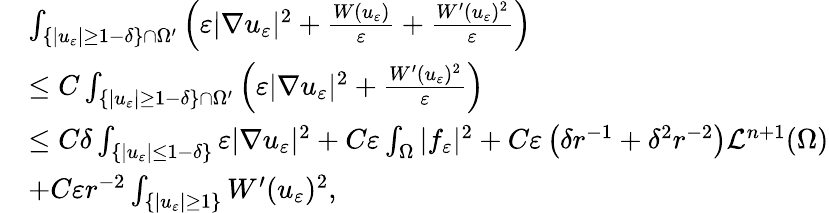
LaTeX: \begin{array}{rl}&{\int_{\{ |u_{\varepsilon}|\geq 1-\delta\} \cap\Omega^{\prime}}\left(\varepsilon|\nabla u_{\varepsilon}|^{2}+\frac{W(u_{\varepsilon})}{\varepsilon}+\frac{W^{\prime}(u_{\varepsilon})^{2}}{\varepsilon}\right)}\\ &{\leq C\int_{\{ |u_{\varepsilon}|\geq 1-\delta\} \cap\Omega^{\prime}}\left(\varepsilon|\nabla u_{\varepsilon}|^{2}+\frac{W^{\prime}(u_{\varepsilon})^{2}}{\varepsilon}\right)}\\ &{\leq C\delta\int_{\{ |u_{\varepsilon}|\leq 1-\delta\} }\varepsilon|\nabla u_{\varepsilon}|^{2}+C\varepsilon\int_{\Omega}|f_{\varepsilon}|^{2}+C\varepsilon\left(\delta r^{-1}+\delta^{2}r^{-2}\right)\mathcal L^{n+1}(\Omega)}\\ &{+C\varepsilon r^{-2}\int_{\{ |u_{\varepsilon}|\geq 1\} }W^{\prime}(u_{\varepsilon})^{2},}\end{array}